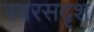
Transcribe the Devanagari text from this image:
स्वरसदृश